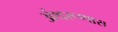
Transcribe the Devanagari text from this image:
अंथरूणास